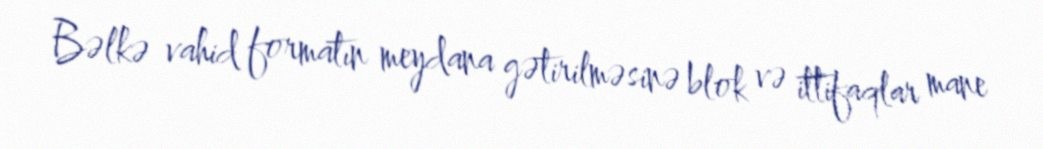
Bəlkə vahid formatın meydana gətirilməsinə blok və ittifaqlar mane